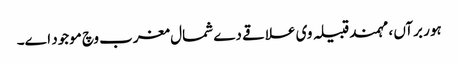
ہور برآں ، مہمند قبیلہ وی علاقے دے شمال مغرب وچ موجود ا‏‏ے۔